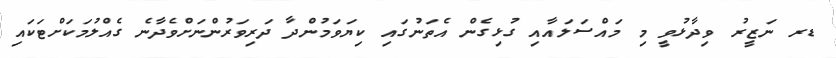
ޑރ ނަޒީރު ވިދާޅުވީ މި މައްސަލައާއި ގުޅިގެން އެތަނުގައި ކިޔަވަމުންދާ ދަރިވަރުންނަށްވެދާނެ ގެއްލުމަކަށްޓަކައި